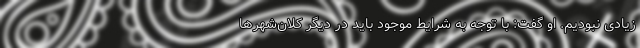
زیادی نبودیم. او گفت: با توجه به شرایط موجود باید در دیگر کلان‌شهر‌ها